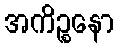
အကိဉ္စနော